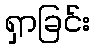
ရှာခြင်း